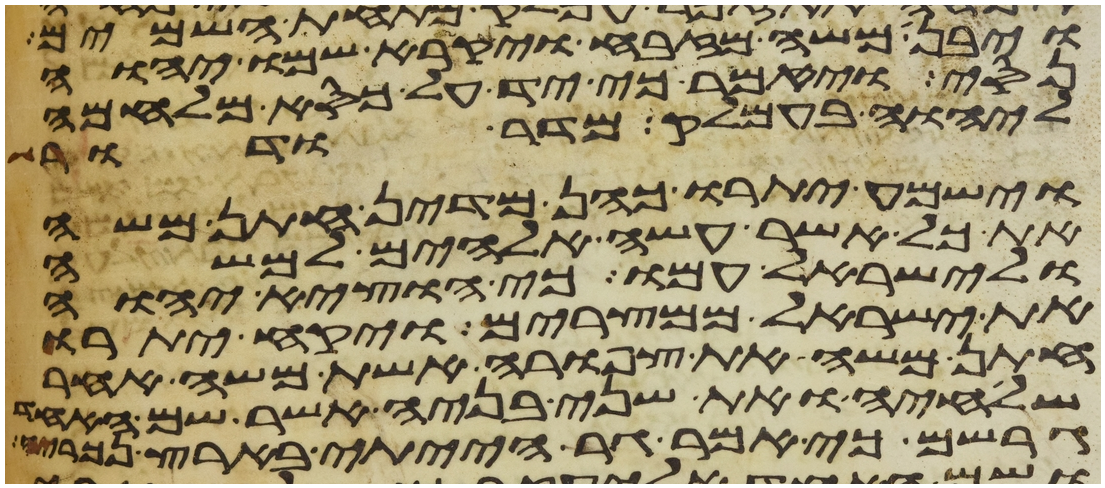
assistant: ויבן משה מזבח ויקרא שמו יהוה
נסי ויאמר כי יד על כסא מלחמה
ליהוה בעמלק מדר ודר
וישמע יתרו כהן מדין חתן משה
את כל אשר עשה אלהים למשה
ולישראל עמו כי הוציא יהוה
את ישראל ממצרים ויקח יתרו
חתן משה את צפורה אשת משה אחר
שלחיה ואת שני בניה אשר שם האחד
גרשם כי אמר גר הייתי בארץ נכריה